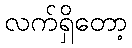
လက်ရှိတော့